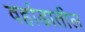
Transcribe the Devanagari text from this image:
वर्हाडातील